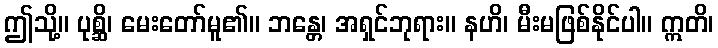
ဤသို့။ ပုစ္ဆိ၊ မေးတော်မူ၏။ ဘန္တေ၊ အရှင်ဘုရား။ နဟိ၊ မီးမဖြစ်နိုင်ပါ။ ဣတိ၊